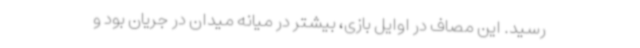
رسید. این مصاف در اوایل بازی، بیشتر در میانه میدان در جریان بود و